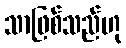
သာဖြစ်သည်ဟု